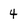
Character: 4